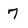
Character: 7